Vaccine operations Central Provinces 1900-1911 - 1900-1911
Year: 1900
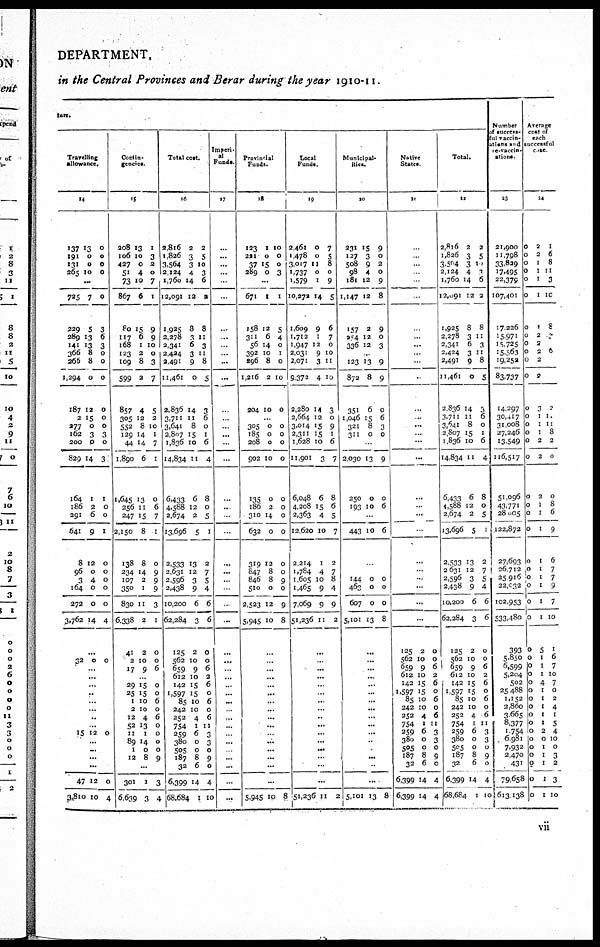
DEPARTMENT.
in the Central Provinces and Berar during the year 1910-11.
ture.
Travelling
allowance.
14
137
191
131
265
13
0
0
10
0
0
0
0
...
725
229
289
141
366
266
1,294
187
2
277
162
200
829
164
186
291
641
8
96
3
164
272
3,762
7
5
13
13
8
8
0
12
15
0
3
0
14
1
2
6
9
12
0
4
0
0
14
0
3
6
3
0
0
0
0
0
0
3
0
3
1
0
0
1
0
0
0
0
0
4
...
32 0 0
...
...
...
..
...
...
..
...
15 12 0
...
...
...
...
47
3,810
12
10
0
4
Contin-
gencies.
15
208
106
427
51
73
867
80
117
168
123
109
599
857
305
552
129
44
1,890
1,645
256
247
2,150
138
234
107
350
830
6,338
41
2
17
13
10
0
4
10
6
15
6
1
2
8
2
4
12
8
14
14
6
13
11
15
8
8
14
2
1
11
2
2
10
9
1
3
2
0
7
1
9
9
10
0
3
7
5
2
10
1
7
1
0
6
7
1
0
9
9
9
3
1
0
0
6
...
29
25
1
2
12
52
11
89
1
12
15
15
10
10
4
13
1
14
0
8
0
0
6
0
6
0
0
0
0
9
...
301
6,639
1
3
3
4
Total cost.
16
2,816
1,826
3,564
2,124
1,760
12,091
1,925
2,278
2,341
2,424
2,491
11,461
2,836
3,711
3,641
2,807
1,836
14,834
6,433
4,588
2,674
13,696
2,533
2,631
2,596
2,438
10,200
62,284
125
562
659
612
142
1,597
85
242
252
754
259
380
505
187
32
6,399
68,684
2
3
3
4
14
12
8
3
6
3
9
0
14
11
8
15
10
11
6
12
2
5
13
12
3
9
6
3
2
10
9
10
15
15
10
10
4
1
6
0
0
8
6
14
1
2
5
10
3
6
2
8
11
3
11
8
5
3
6
0
1
6
4
8
0
5
1
2
7
5
4
6
6
0
0
6
2
6
0
6
0
6
11
3
3
0
9
0
4
10
Imperi-
al
Funds.
17
...
...
...
...
...
...
...
...
...
...
...
...
...
...
...
...
...
...
...
..
...
...
...
...
...
...
...
..
...
...
...
...
...
...
...
...
...
...
...
...
...
...
...
...
...
Provincial
Funds.
18
123
221
37
289
1
0
15
0
10
0
0
3
...
671
158
311
56
392
296
1,216
204
1
12
6
14
10
8
2
10
1
5
4
0
1
0
10
0
...
305
185
208
902
135
186
310
632
319
847
846
510
2,523
5,945
0
0
0
10
0
2
14
0
12
8
8
0
12
10
0
0
0
0
0
0
0
0
0
0
9
0
9
8
...
...
...
...
...
...
...
...
...
...
...
...
...
...
...
...
5,945 10 8
Local
Funds.
19
2,461
1,478
3,017
1,737
1,579
10,272
1,609
1,712
1,947
2,031
2,071
9,372
2,280
2,664
3,014
2,311
1,628
11,901
6,048
4,208
2,363
12,620
2,214
1,784
1,605
1,465
7,069
51,236
0
0
11
0
1
14
9
1
12
9
3
4
14
12
15
15
10
3
6
15
4
10
1
4
10
9
9
11
7
5
8
0
9
5
6
7
0
10
11
10
3
0
9
1
6
7
8
6
5
7
2
7
8
4
9
2
...
...
...
...
...
...
...
...
...
...
...
...
...
...
...
...
51,236 11 2
Municipal-
ities.
20
231
127
508
98
181
1,147
157
254
336
15
3
9
4
12
12
2
12
12
9
0
2
0
9
8
9
0
3
...
123
872
351
1,046
321
311
13
8
6
15
8
0
9
9
0
6
3
0
...
2,030
250
193
13
0
10
9
0
6
...
443 10 6
...
...
144
463
607
5,101
0
0
0
13
0
0
0
8
...
...
...
...
..
...
...
...
...
...
...
..
...
...
...
...
5,101 13 8
Native
States.
21
...
...
...
...
...
...
...
...
...
...
...
...
...
...
...
...
...
...
...
...
...
...
...
...
...
...
...
...
125
562
659
612
142
1,597
85
242
252
754
259
380
505
187
32
6,399
6,399
2
10
9
10
15
15
10
10
4
1
6
0
0
8
6
14
14
0
0
6
2
6
0
6
0
6
11
3
3
0
9
0
4
4
Total.
22
2,816
1,826
3,504
2,124
1,760
12,091
1,925
2,278
2,341
2,424
2,491
11,461
2,836
3,711
3,641
2,807
1,836
14,834
6,433
4,588
2,674
13,696
2,533
2,631
2,596
2,438
10,200
62,284
125
562
659
612
142
1,597
85
242
252
754
259
380
505
187
32
6,399
68,684
2
3
3
4
14
12
8
3
6
3
9
0
14
11
8
15
10
11
6
12
2
5
13
12
3
9
6
3
2
10
9
10
15
15
10
10
4
1
6
0
0
8
6
14
1
2
5
10
3
6
2
8
11
3
11
8
5
3
6
0
1
6
4
8
0
5
1
2
7
5
4
6
6
0
0
6
2
6
0
6
0
6
11
3
3
0
9
0
4
10
Number
of success-
ful vaccin-
ations and
re-vaccin¬
ations.
23
21,900
11,798
33,829
17,495
22,379
107,401
17,226
15,971
15,725
15,563
19,252
83,737
14,297
30,417
31,008
27,246
13,549
116,517
51,096
43,771
28,005
122,872
27,693
26,712
25,916
22,032
102,953
533,480
393
5,850
6,599
5,204
502
25,488
1,152
2,860
3,665
8,377
1,754
6,981
7,932
2,470
431
79,658
613,138
Average
cost of
each
successful
case
24
0
0
0
0
0
0
0
0
0
0
0
0
0
0
0
0
0
0
0
0
0
0
0
0
0
0
0
0
0
0
0
0
0
0
0
0
0
0
0
0
0
0
0
0
0
2
2
1
1
1
1
1
2
2
2
2
2
3
1
1
1
2
2
2
1
1
1
1
1
1
1
1
1
5
1
1
1
4
1
1
1
1
1
2
0
1
1
1
1
1
1
6
8
11
3
10
8
0
0
2
11
11
8
2
0
0
8
6
9
6
7
7
9
7
10
1
6
7
10
7
0
2
4
1
5
4
10
0
3
2
3
10
vii